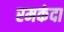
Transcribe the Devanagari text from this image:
रमकंदा